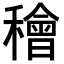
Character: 𥢶